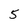
Character: 5